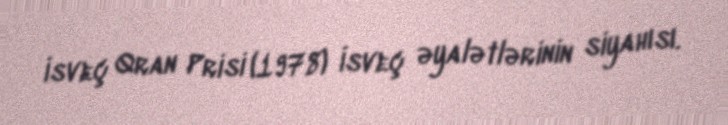
İsveç Qran Prisi (1978) İsveç əyalətlərinin siyahısı.